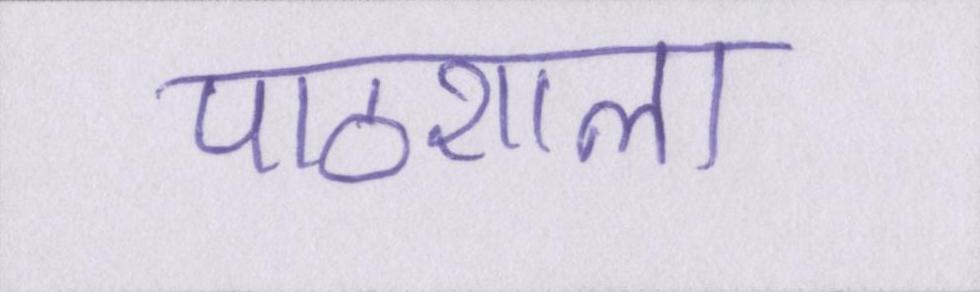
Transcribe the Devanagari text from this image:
पाठशाला